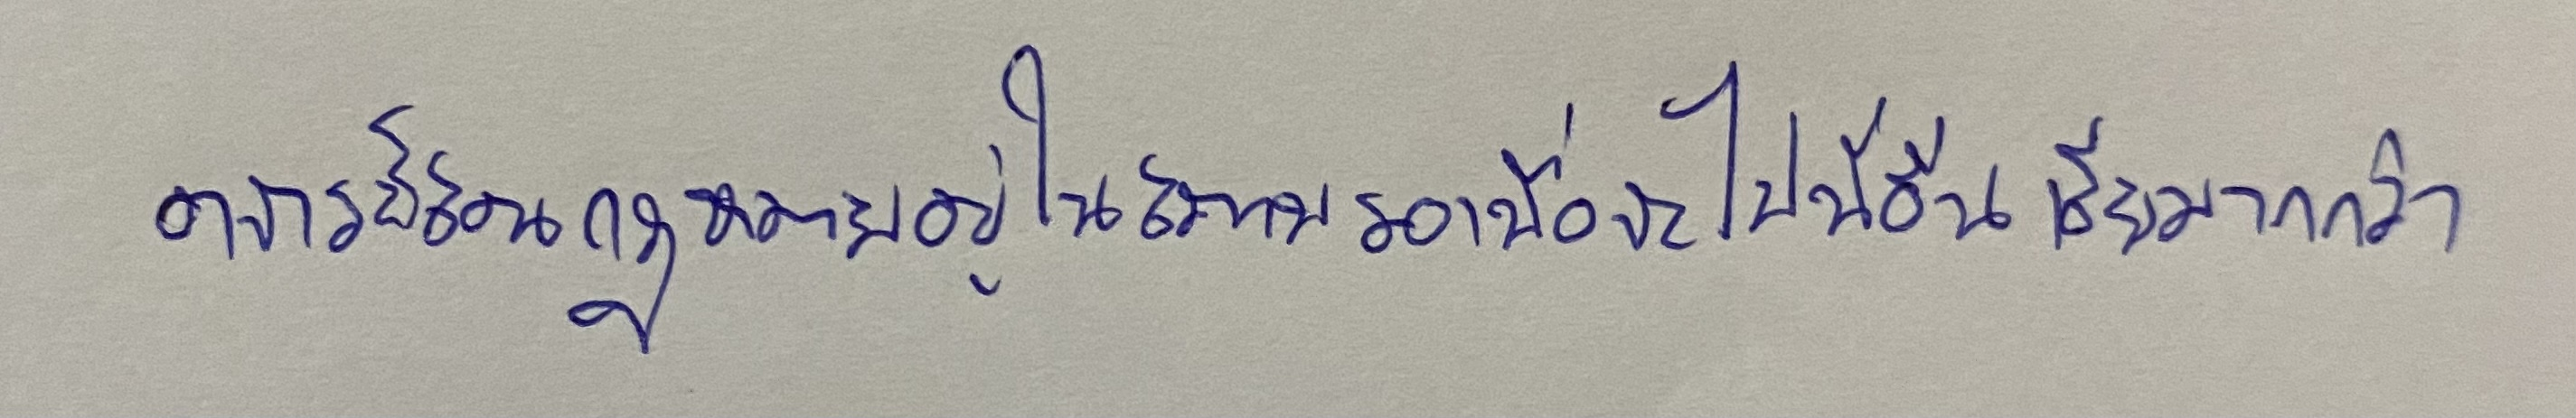
อาจารย์สอนกฎหมายอยู่ในสภาพรอเพื่อจะไปที่อื่นเสียมากกว่า